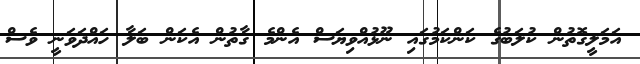
އަމަލީގޮތުން ކުލަބުގެ ކަންކަމުގައި ނޫޅުއްވިޔަސް އެންމެ ގާތުން އެކަން ބަލާ ހައްދަވަނީ ވެސް